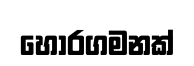
හොරගමනක්